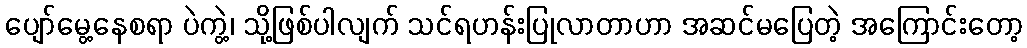
ပျော်မွေ့နေစရာ ပဲကွဲ့၊ သို့ဖြစ်ပါလျက် သင်ရဟန်းပြုလာတာဟာ အဆင်မပြေတဲ့ အကြောင်းတော့